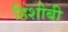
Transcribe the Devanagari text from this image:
हिशोबी